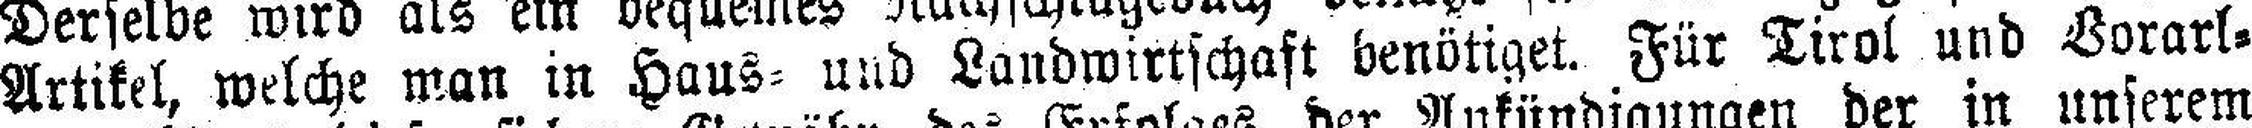
Artikel, welche man in Haus= und Landwirtschaft benötiget. Für Tirol und Vorarl¬